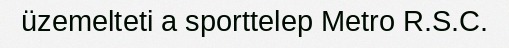
üzemelteti a sporttelep Metro R.S.C.